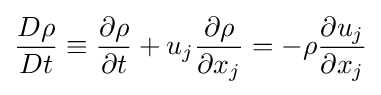
{\frac {D\rho }{Dt}}\equiv {\frac {\partial \rho }{\partial t}}+u_{j}{\frac {\partial \rho }{\partial x_{j}}}=-\rho {\frac {\partial u_{j}}{\partial x_{j}}}